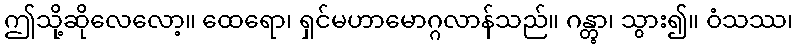
ဤသို့ဆိုလေလော့။ ထေရော၊ ရှင်မဟာမောဂ္ဂလာန်သည်။ ဂန္တွာ၊ သွား၍။ ဝံသဿ၊